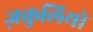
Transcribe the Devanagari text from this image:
ज़कुलियो